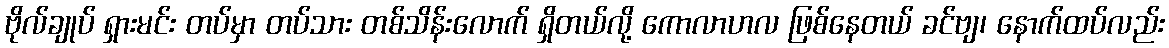
ဗိုလ်ချုပ် ရှားမင်း တပ်မှာ တပ်သား တစ်သိန်းလောက် ရှိတယ်လို့ ကောလာဟလ ဖြစ်နေတယ် ခင်ဗျ၊ နောက်ထပ်လည်း